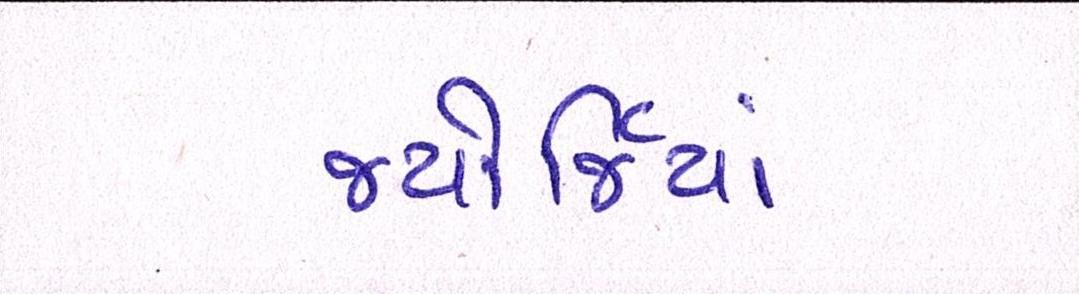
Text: જ્યોર્જિયાં